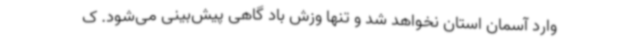
وارد آسمان استان نخواهد شد و تنها وزش باد گاهی پیش‌بینی می‌شود. ک